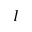
I